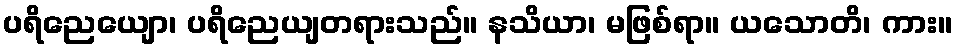
ပရိညေယျော၊ ပရိညေယျတရားသည်။ နသိယာ၊ မဖြစ်ရာ။ ယသောတိ၊ ကား။